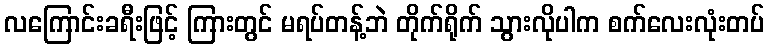
လကြောင်းခရီးဖြင့် ကြားတွင် မရပ်တန့်ဘဲ တိုက်ရိုက် သွားလိုပါက စက်လေးလုံးတပ်